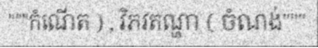
"""កំណើត ) , វិភវតណ្ហា ( ចំណង់"""